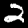
Digit: 2